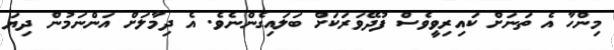
މިންހާ އެ ތަނަށް ކައިރިވީވެސް ފުދޭވަރަަކަށް ބަލައިގެންނެވެ. އެ ދިމާލަށް އަންނަމުން ދިޔަ